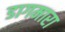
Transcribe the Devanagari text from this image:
डागमारा